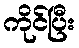
ကိုင်ပြီး